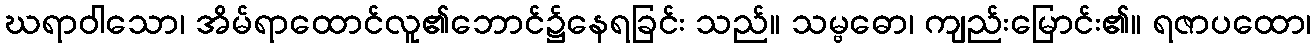
ဃရာဝါသော၊ အိမ်ရာထောင်လူ၏ဘောင်၌နေရခြင်း သည်။ သမ္ဗဓော၊ ကျည်းမြောင်း၏။ ရဇာပထော၊